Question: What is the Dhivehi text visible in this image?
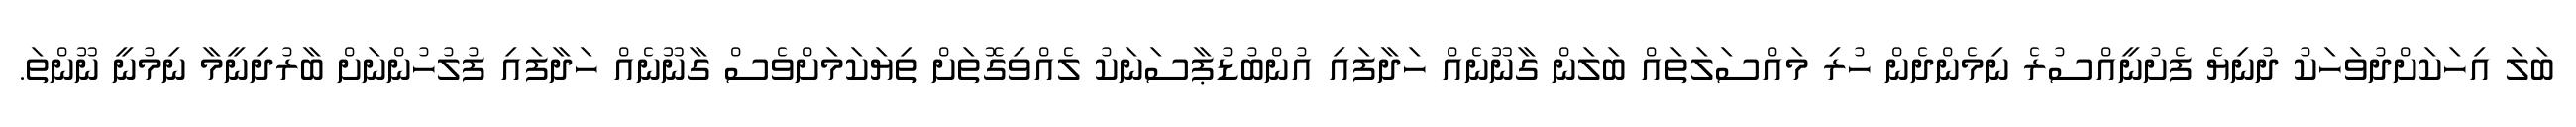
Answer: ބަލަ އިހަކަށްދުވަހަކު ދުނިޔެ ފެށުނީއްސުރެ ނިމެންދެން ހުރި މައްސަލަތައް ބަލަން ގާނޫނެއް ހަދާފައި އުންބުޑުޕާސަނަކު ލެއްވިގޮތަށް ތިޔަކަމަށްވެސް ގާނޫނެއް ހަދާފައި ފުލުހުންނަށް ބާރުދިނީމާ ނިމުނީ ނޫންތަ.